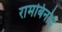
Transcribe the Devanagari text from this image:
रामबिनोद